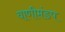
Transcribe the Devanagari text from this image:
वाणीमंडप